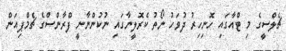
ޗެލްސީގެ މި ޓްއާގައި ހޮނިހިރު ދުވަހު ނޯތު ކެރޮލީނާގައި ނުކުންނާނީ ފްރާންސްގެ ޗެމްޕިއަން